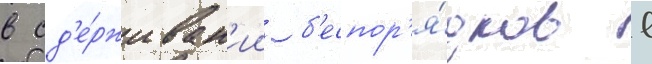
в сд'е́рживан'ии б'еспор'я́дков в